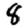
Digit: 8